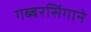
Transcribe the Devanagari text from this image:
गब्बरसिंगाने